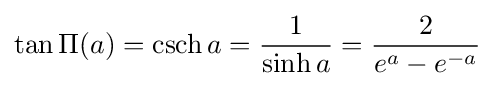
\tan \Pi (a)=\operatorname {csch} a={\frac {1}{\sinh a}}={\frac {2}{e^{a}-e^{-a}}}\